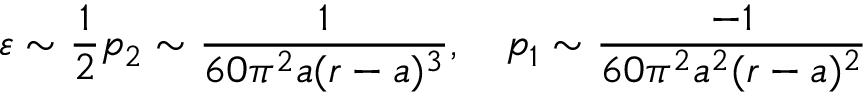
\varepsilon \sim \frac { 1 } { 2 } p _ { 2 } \sim \frac { 1 } { 6 0 \pi ^ { 2 } a ( r - a ) ^ { 3 } } , \quad p _ { 1 } \sim \frac { - 1 } { 6 0 \pi ^ { 2 } a ^ { 2 } ( r - a ) ^ { 2 } }